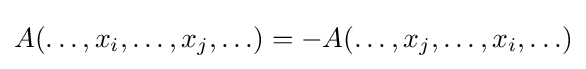
A(\ldots ,x_{i},\ldots ,x_{j},\ldots )=-A(\ldots ,x_{j},\ldots ,x_{i},\ldots )